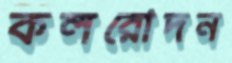
কলরোদন